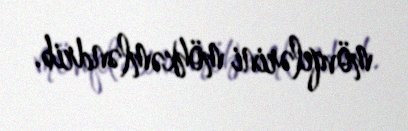
mövqelərini möhkəmləndrib.